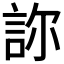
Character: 𧦽